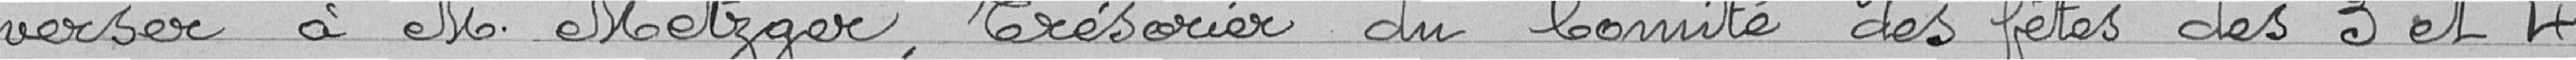
verser à M. Metzger, Trésorier du Comité des fêtes des 3 et 4